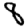
Digit: 8